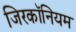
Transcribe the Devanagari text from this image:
जिरकॉनियम